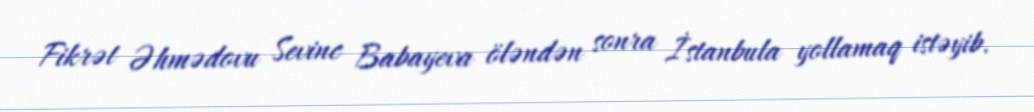
Fikrət Əhmədovu Sevinc Babayeva öləndən sonra İstanbula yollamaq istəyib.